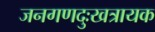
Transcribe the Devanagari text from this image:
जनगणदुःखत्रायक